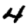
Digit: 4